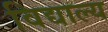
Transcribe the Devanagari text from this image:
विद्याल्य